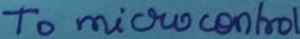
Text: To mocrocontroller